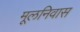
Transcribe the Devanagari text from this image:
मूलनिवास